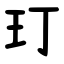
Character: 玎